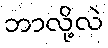
ဘာလို့လဲ